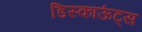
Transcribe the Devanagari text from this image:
डिस्काऊंट्स